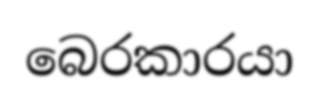
බෙරකාරයා